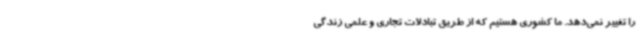
را تغییر نمی‌دهد. ما کشوری هستیم که از طریق تبادلات تجاری و علمی زندگی